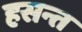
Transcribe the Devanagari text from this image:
हसन्त